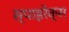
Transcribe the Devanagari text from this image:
स्पाइरेक्स